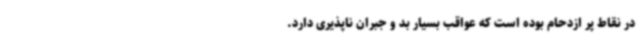
در نقاط پر ازدحام بوده است که عواقب بسیار بد و جبران ناپذیری دارد.